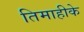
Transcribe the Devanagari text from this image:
तिमाहीके